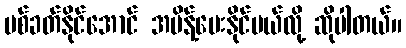
ပစ်ခတ်နိုင်အောင် အမိန့်ပေးနိုင်မယ်လို့ ဆိုပါတယ်။